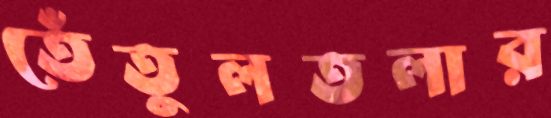
তেঁতুলতলার